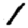
Digit: 1